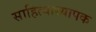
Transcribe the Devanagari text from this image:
साहित्याध्यापक